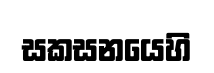
සකසනයෙහි